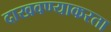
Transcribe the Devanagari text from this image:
दाखवण्याकरता